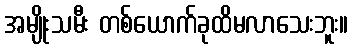
အမျိုးသမီး တစ်ယောက်ခုထိမလာသေးဘူး။